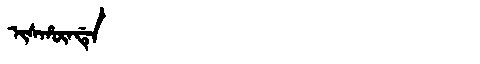
Manchu: ᡳᠰᡥᡡᠨᡩᡝ
Romanization: ISHŪNDE